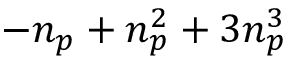
- \ensuremath { n _ { p } } + \ensuremath { n _ { p } } ^ { 2 } + 3 \ensuremath { n _ { p } } ^ { 3 }